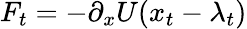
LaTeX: F_{t}=-\partial_{x}U(x_{t}-\lambda_{t})